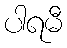
ပါရမီ